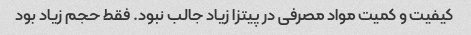
کیفیت و کمیت مواد مصرفی در پیتزا زیاد جالب نبود. فقط حجم زیاد بود